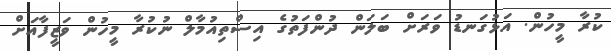
ކުރާ މީހުން. އަޅުގަނޑު ވަރަށް ބަލަން ދުންފަތުގެ އިސްތިއުމާލް ނުކުރާ މީހުން ވަޒީފާއަށް